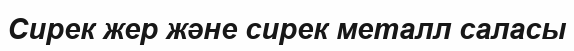
Сирек жер және сирек металл саласы